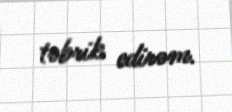
təbrik edirəm.